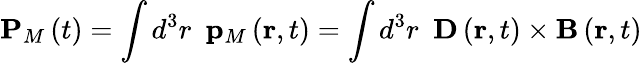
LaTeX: \mathbf{P}_{M}\left(t\right)=\int d^{3}r\, \, \, \mathbf{p}_{M}\left(\mathbf{r},t\right)=\int d^{3}r\, \, \, \mathbf{D}\left(\mathbf{r},t\right)\times\mathbf{B}\left(\mathbf{r},t\right)